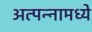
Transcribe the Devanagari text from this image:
अत्‍पन्‍नामध्‍ये